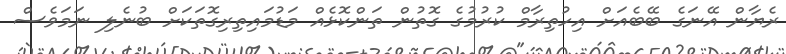
ރެޔާން އޭނަގެ ބޭބެއަށް އިހުތިރާމް ކުރުމުގެ ގޮތުން ތަންކޮޅެއް މަޑުމައިތިރިގޮތަކަށް ބުނެލި ނަމަވެސް